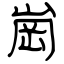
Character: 崗